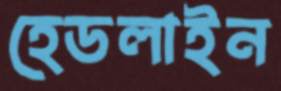
হেডলাইন